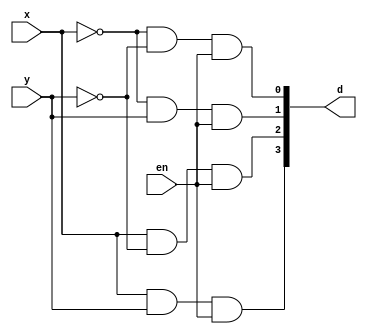
module decoder2_4(input x, y, en, output[3:0] d);

assign d[0] = ~x & ~y & en;
assign d[1] = ~x & y & en;
assign d[2] = x & ~y & en;
assign d[3] = x & y & en;

endmodule